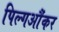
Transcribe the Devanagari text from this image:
पिल्गऔंकर